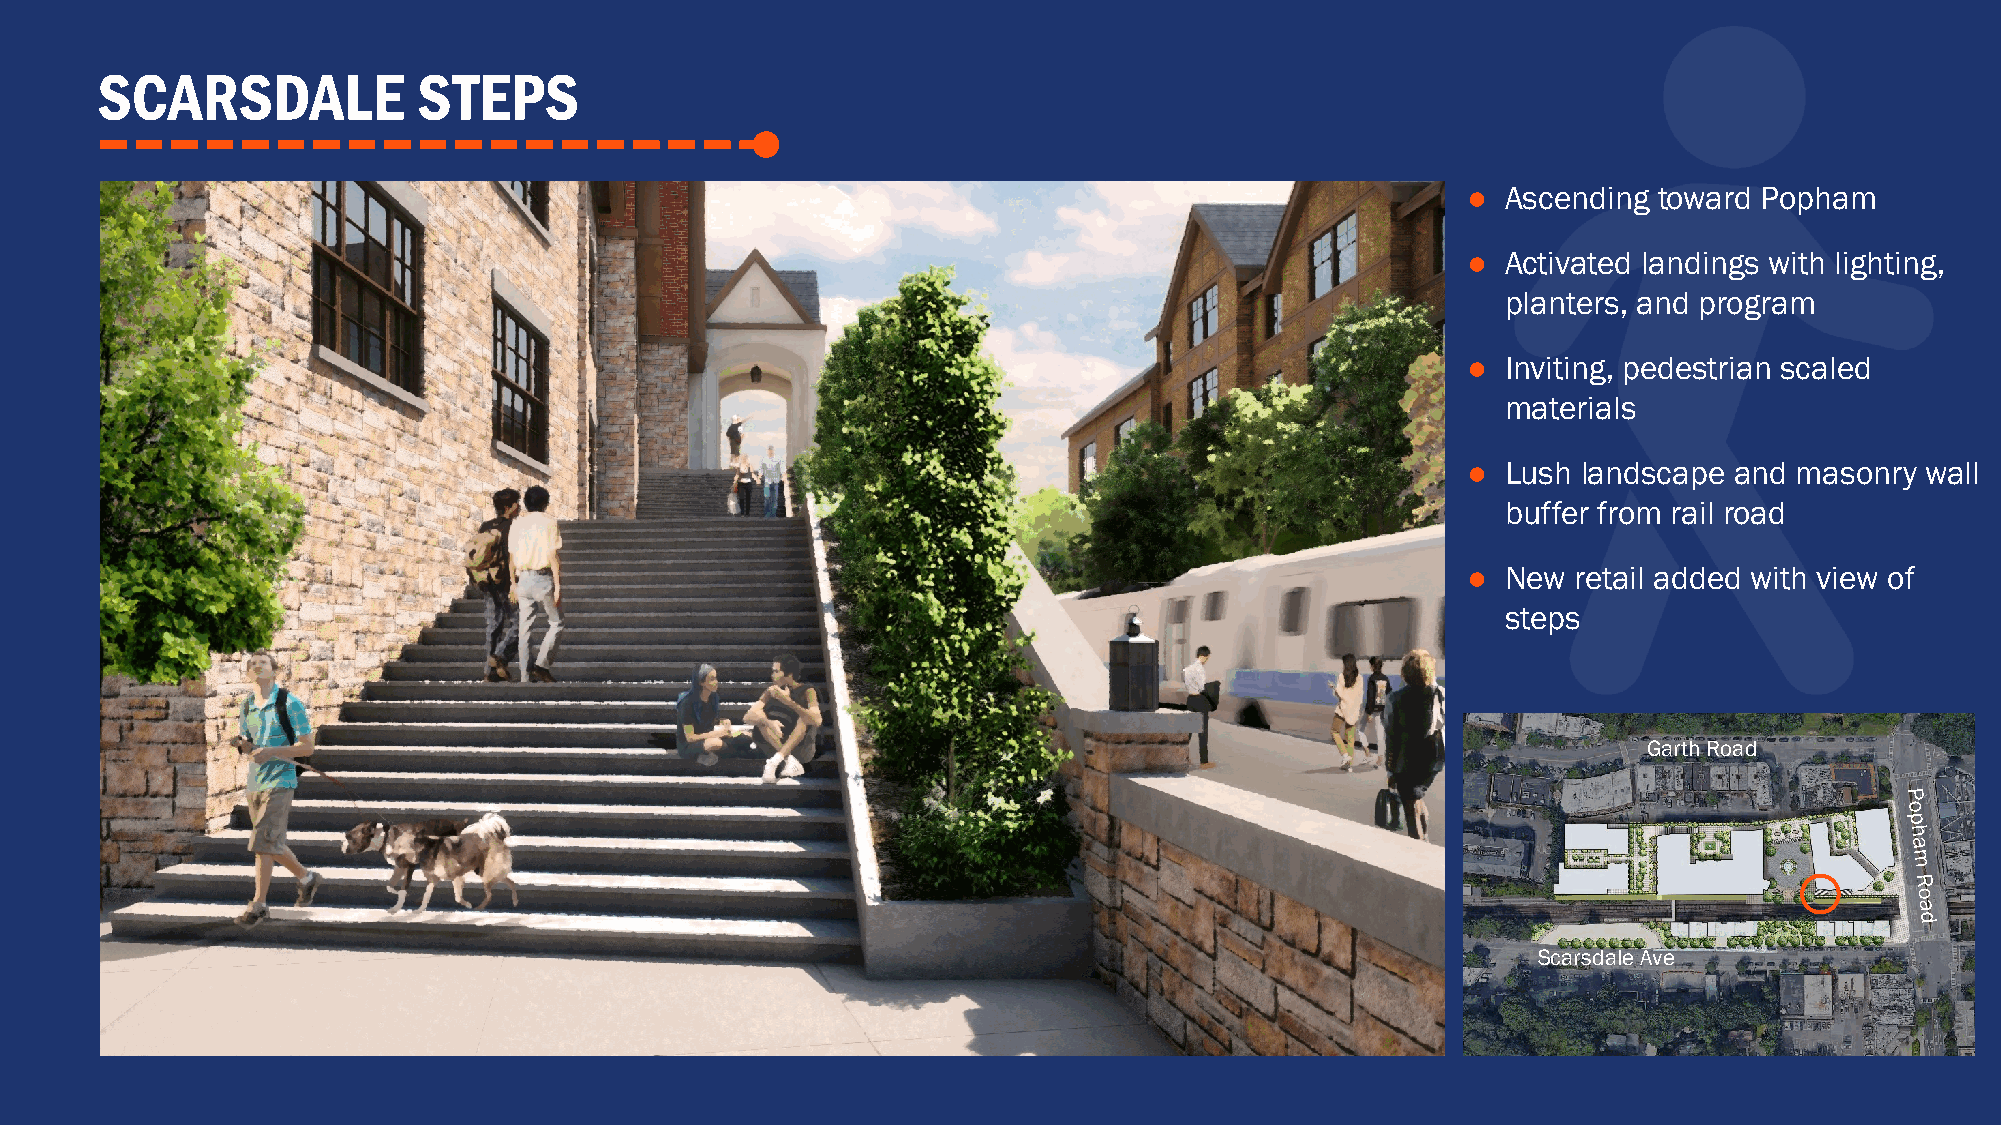
SCARSDALE             STEPS
 ●  Ascending toward Popham
 ●  Activated landings with lighting,
 planters, and program
 ●  Inviting, pedestrian scaled
 materials
 ●  Lush landscape and masonry wall
 buffer from rail road
 ●  New retail added with view of
 steps
 Garth Road
 Scarsdale Ave